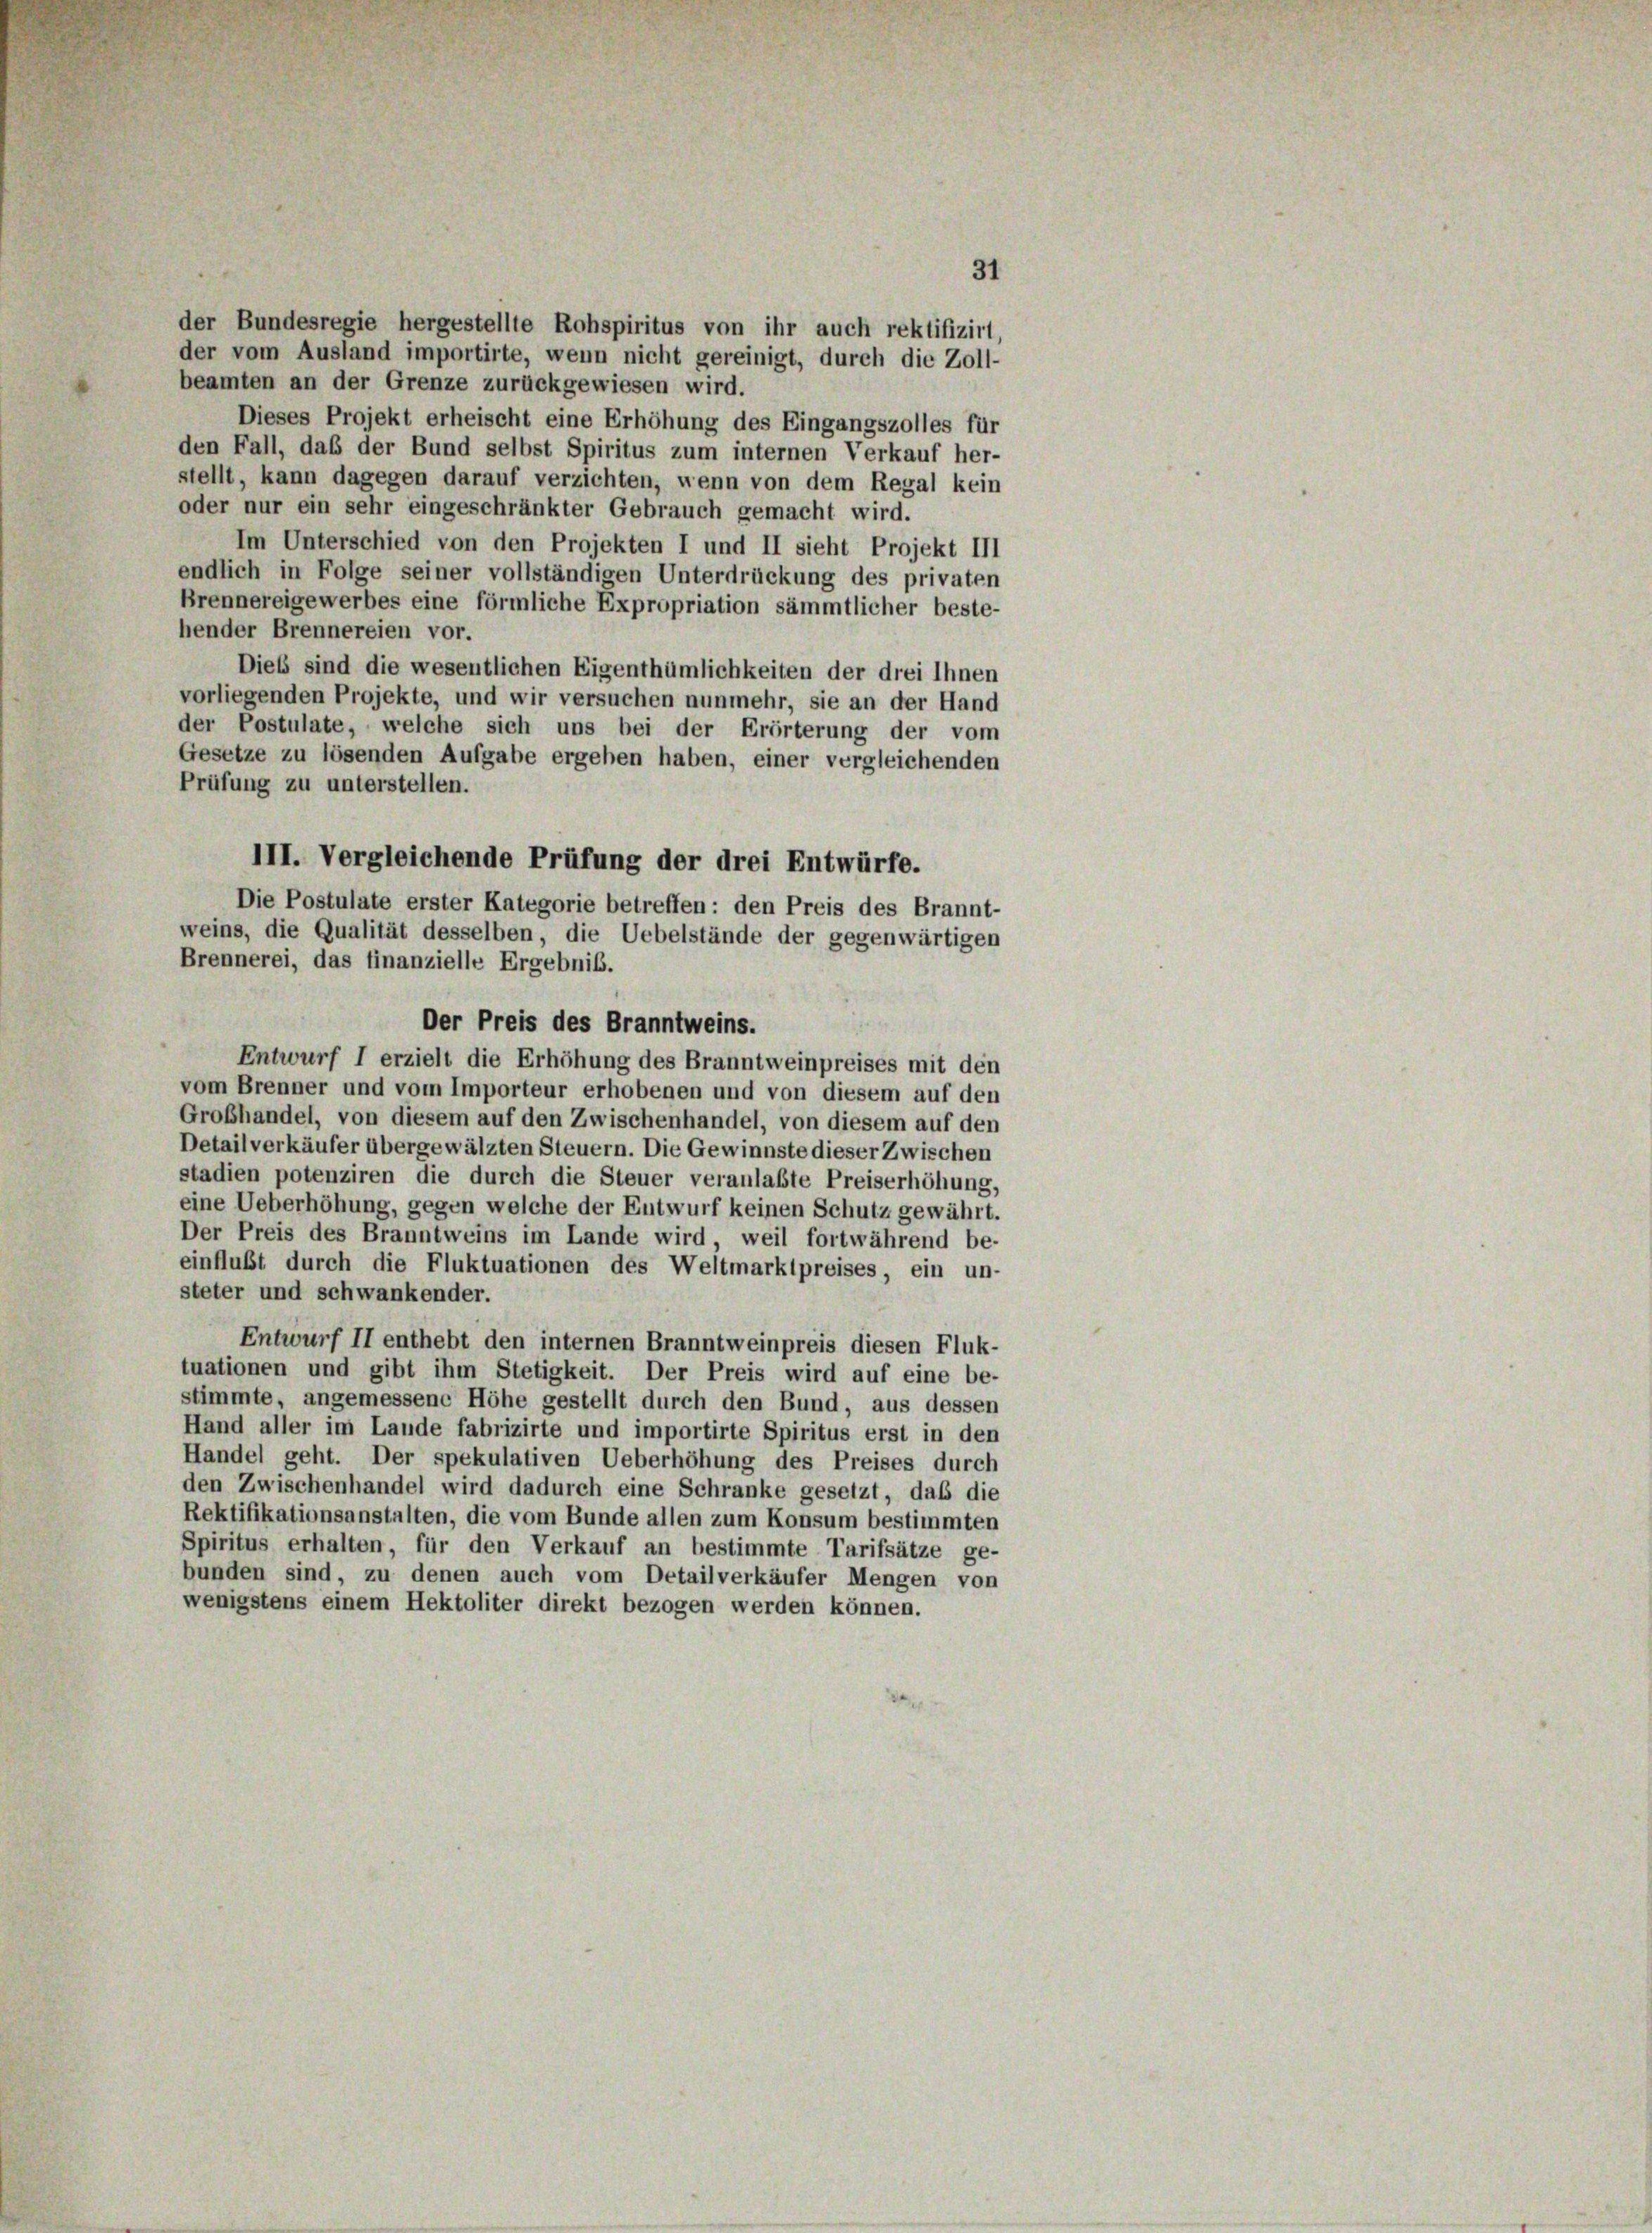
der Bundesregie hergestellte Rohspiritus von ihr auch rektifizirt.
der vom Ausland importirte, wenn nicht gereinigt, durch die Zoll-
beamten an der Grenze zurückgewiesen wird.
Dieses Projekt erheischt eine Erhöhung des Eingangszolles für
den Fall, das der Bund selbst Spiritus zum internen Verkauf her-
stellt, kann dagegen darauf verzichten, wenn von dem Regal kein
oder nur ein sehr eingeschränkter Gebrauch gemacht wird.
Im Unterschied von den Projekten I und II sieht Projekt III
endlich in Folge seiner vollständigen Unterdrückung des privaten
Brennereigewerbes eine förmliche Expropriation sämmtlicher beste-
hender Brennereien vor.
Dies sind die wesentlichen Eigenthümlichkeiten der drei Ihnen
vorliegenden Projekte, und wir versuchen nunmehr, sie an der Hand
der Postulate, welche sich uns bei der Erörterung der vom
Gesetze zu lösenden Aufgabe ergeben haben, einer vergleichenden
Prüfung zu unterstellen.
III. Vergleichende Prüfung der drei Entwürfe.
Die Postulate erster Kategorie betreffen: den Preis des Brannt-
weins, die Qualität desselben, die Uebelstände der gegenwärtigen
Brennerei, das finanzielle Ergebnis.
Der Preis des Branntweins.
Entwurf I erzielt die Erhöhung des Branntweinpreises mit den
vom Brenner und vom Importeur erhobenen und von diesem auf den
Grobhandel, von diesem auf den Zwischenhandel, von diesem auf den
Detailverkäufer übergewälzten Steuern. Die Gewinnste dieser Zwischen
stadien potenziren die durch die Steuer veranlaßte Preiserhöhung,
eine Ueberhöhung, gegen welche der Entwurf keinen Schutz gewährt.
Der Preis des Branntweins im Lande wird weil fortwährend be-
einflußt durch die Fluktuationen des Weltmarktpreises, ein un-
steter und schwankender.
Entwurf II enthebt den internen Branntweinpreis diesen Fluk-
tuationen und gibt ihm Stetigkeit. Der Preis wird auf eine be-
stimmte, angemessene Höhe gestellt durch den Bund, aus dessen
Hand aller im Lande fabrizirte und importirte Spiritus erst in den
Handel geht. Der spekulativen Ueberhöhung des Preises durch
den Zwischenhandel wird dadurch eine Schranke gesetzt, daß die
Rektifikationsanstalten, die vom Bunde allen zum Konsum bestimmten
Spiritus erhalten, für den Verkauf an bestimmte Tarifsätze ge-
bunden sind, zu denen auch vom Detailverkäufer Mengen von
wenigstens einem Hektoliter direkt bezogen werden können.

31